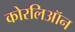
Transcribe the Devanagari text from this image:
कोरलिऑन